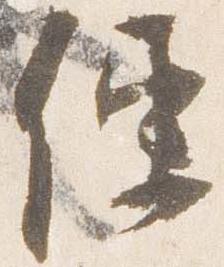
便